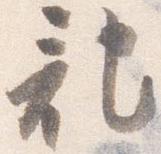
記